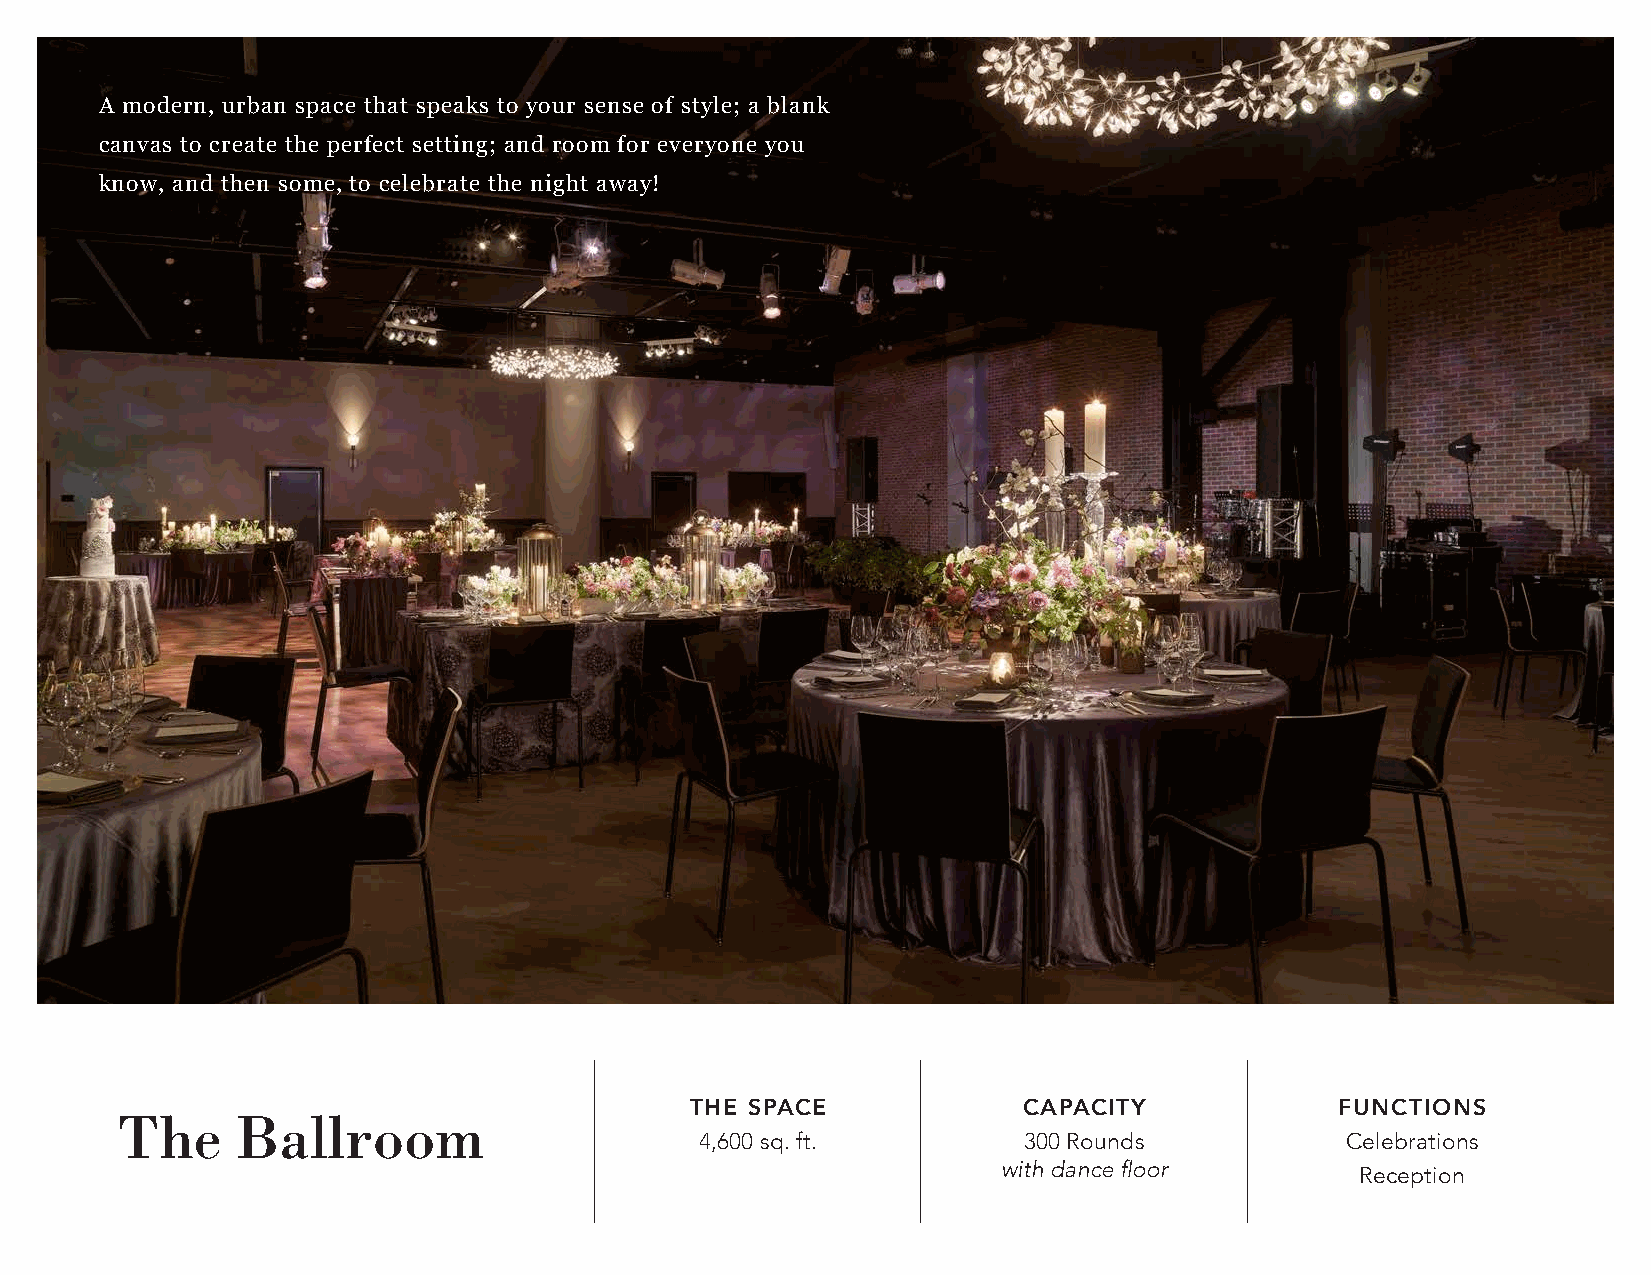
A modern, urban space that speaks to your sense of style; a blank
 canvas to create the perfect setting; and room for everyone you
 know, and then some, to celebrate the night away!
 THE SPACE             CAPACITY             FUNCTIONS
 The     Ballroom
 4,600 sq. ft.         300 Rounds           Celebrations
 with dance floor        Reception